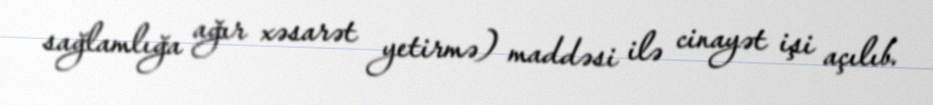
sağlamlığa ağır xəsarət yetirmə) maddəsi ilə cinayət işi açılıb.